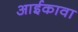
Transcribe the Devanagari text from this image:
आईकावा